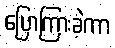
ပြောကြားခဲ့ကာ